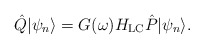
\begin{align*}\hat{Q}|\psi_n\rangle = G(\omega)H_{\rm LC} \hat{P}|\psi_n\rangle.\end{align*}